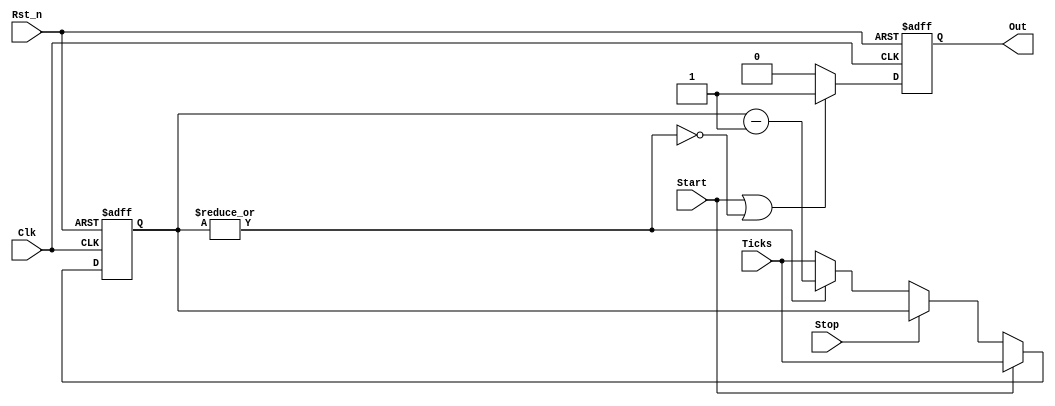
module i2c_bit_timer #(parameter SIZE = 8)
(
    input Clk, Rst_n, Start, Stop,
    input [SIZE-1:0] Ticks,
    output reg Out
);

reg [SIZE-1:0] cnt;

// Lgica de comptador
always @(posedge Clk or negedge Rst_n) begin

    // Reset
    if (!Rst_n)                 cnt <= {SIZE{1'b0}};

    else
        if (Start)              cnt <= Ticks; // Renici forat o auto-reinici
        else if (Stop)          cnt <= cnt;   // Parada
        else if (~|cnt)         cnt <= Ticks; // Start i Stop tenen prioritat respecte aix
        else                    cnt <= cnt - 1'b1; // Compta cap avall
end

// Lgica de sortida
always @(posedge Clk or negedge Rst_n) begin

    // Reset
    if (!Rst_n)                 Out <= 1'b0;

    else
        if (Start || ~|cnt)     Out <= 1'b1; // Reinici forat o auto-reinici
        else                    Out <= 1'b0;
end
    
endmodule